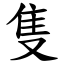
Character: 隻